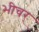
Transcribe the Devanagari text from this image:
भीचर्